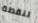
لنقطة